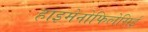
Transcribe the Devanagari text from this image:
हाइमेनोफिलेसिई